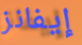
إيفانز